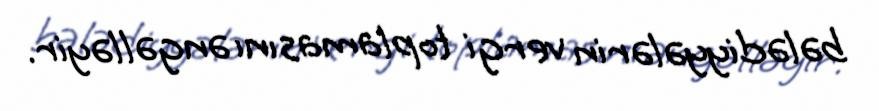
bələdiyyələrin vergi toplamasını əngəlləyir.